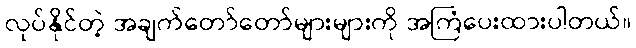
လုပ်နိုင်တဲ့ အချက်တော်တော်များများကို အကြံပေးထားပါတယ်။